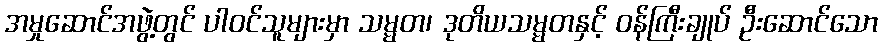
အမှုဆောင်အဖွဲ့တွင် ပါဝင်သူများမှာ သမ္မတ၊ ဒုတိယသမ္မတနှင့် ဝန်ကြီးချုပ် ဦးဆောင်သော